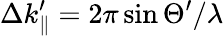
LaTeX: \Delta k_{\parallel}^{\prime}=2\pi\sin\Theta^{\prime}/\lambda